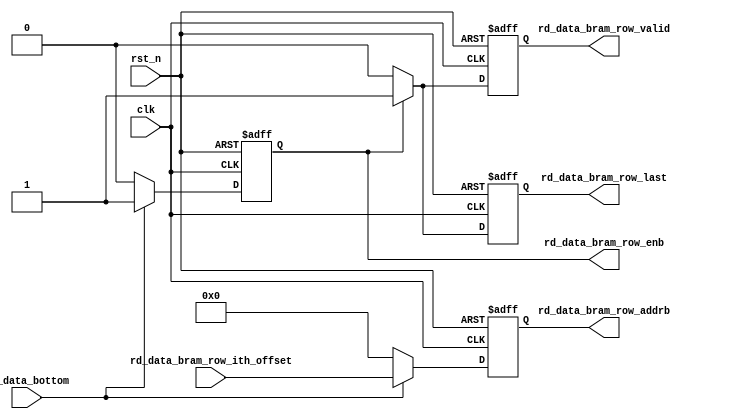
// ---------------------------------------------------
//
// Description: read data(top row of processing registers) from bram
//
// Version    : 1.0
// ---------------------------------------------------

module rd_bram_row(
    input wire          clk,
    input wire          rst_n,
    //
    input wire          rd_data_bottom,   // rd bottom data enable
    input wire [12: 0]  rd_data_bram_row_ith_offset, // top row bram addr offset of ith bottom feature map,
                                                     // stable till last valid output
                                                     // rd_data_x*num_of_patch_in_one_bar + rd_data_y
    // bram control
    output reg          rd_data_bram_row_enb,   // enable port b
    output reg          rd_data_bram_row_valid, // data on port b is valid
    output reg          rd_data_bram_row_last,  // last valid data
    output reg [12: 0]  rd_data_bram_row_addrb  // read address
  );

  //simulation
//reg       rd_data_bram_row_enb;
//reg       rd_data_bram_row_valid;
//reg       rd_data_bram_row_last;
//reg       rd_data_bram_row_addrb;

  reg  [12: 0]  _rd_data_bram_row_ith_offset_rec; // record last transaction addr
  wire          _rd_data_bram_row_new; // new transaction

  // read only on port b
  //assign _rd_data_bram_row_new = (_rd_data_bram_row_ith_offset_rec!=rd_data_bram_row_ith_offset);

  always@(posedge clk or negedge rst_n) begin
    if(!rst_n) begin
      rd_data_bram_row_enb   <= 1'b0;
      rd_data_bram_row_valid <= 1'b0;
      rd_data_bram_row_last  <= 1'b0;
      rd_data_bram_row_addrb <= 13'b0;
    end else begin
      if(rd_data_bottom) begin
        _rd_data_bram_row_ith_offset_rec <= rd_data_bram_row_ith_offset;
      end

      if( rd_data_bottom ) begin
        rd_data_bram_row_enb    <= 1'b1;
        rd_data_bram_row_addrb  <= rd_data_bram_row_ith_offset;
      end else begin
        rd_data_bram_row_enb    <= 1'b0;
        rd_data_bram_row_addrb  <= 13'b0;
      end

      if(rd_data_bram_row_enb) begin
        rd_data_bram_row_valid  <= 1'b1;
		rd_data_bram_row_last	<= 1'b1;
      end else begin
        rd_data_bram_row_valid  <= 1'b0;
		rd_data_bram_row_last	<= 1'b0;
      end
    end
  end

  // simulation
//bram_top_row your_instance_name (
//  .clka(clk),    // input wire clka
//  .ena(1'b0),      // input wire ena
//  .wea(1'b0),      // input wire [0 : 0] wea
//  .addra(10'b0),  // input wire [9 : 0] addra
//  .dina(512'b0),    // input wire [511 : 0] dina
//  .douta(512'b0),  // output wire [511 : 0] douta
//  .clkb(clk),    // input wire clkb
//  .enb(rd_data_bram_row_enb),      // input wire enb
//  .web(1'b0),      // input wire [0 : 0] web
//  .addrb(rd_data_bram_row_addrb),  // input wire [9 : 0] addrb
//  .dinb(512'b0),    // input wire [511 : 0] dinb
//  .doutb()  // output wire [511 : 0] doutb
//);

endmodule